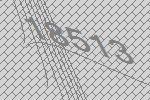
18513